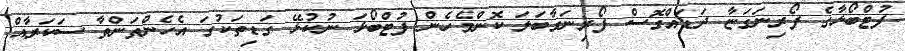
ފުޓްބޯޅާގެ ފޯރިނަގަޏާ ދަޑައްގޮސް ފޯރިނަގާބަލަ ކޮންމެހެން ފުޓްބޯޅަ ނުކުޅޭ ގަޑިތަކުގަ އެހެންތަންތާ ސަކަރާއް